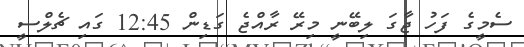
ސެމީގެ ފަހު ޖާގަ ލިބޭނީ މިރޭ ރާއްޖެ ގަޑިން 12:45 ގައި ޗެލްސީ